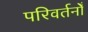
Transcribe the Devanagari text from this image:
परिवर्तनोँ